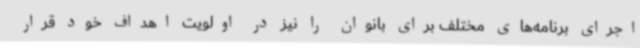
اجرای برنامه‌های مختلف برای بانوان را نیز در اولویت اهداف خود قرار